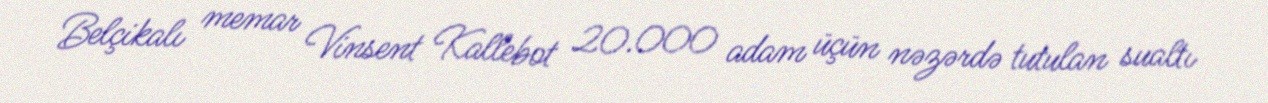
Belçikalı memar Vinsent Kallebot 20.000 adam üçün nəzərdə tutulan sualtı